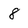
Character: 8